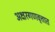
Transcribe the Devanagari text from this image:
अक्षरगणवृत्तात